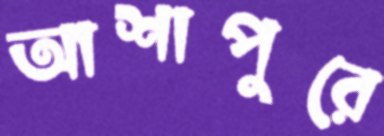
আশাপুরে